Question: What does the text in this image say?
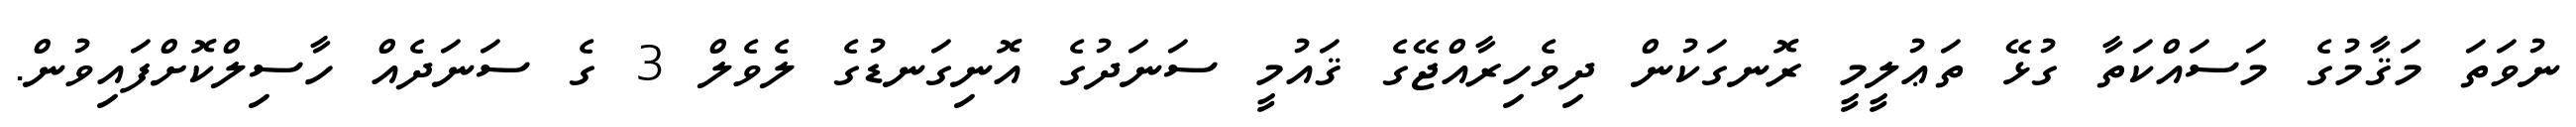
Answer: ނުވަތަ މަޤާމުގެ މަސައްކަތާ ގުޅޭ ތަޢުލީމީ ރޮނގަކުން ދިވެހިރާއްޖޭގެ ޤައުމީ ސަނަދުގެ އޮނިގަނޑުގެ ލެވެލް 3 ގެ ސަނަދެއް ހާސިލްކޮށްފައިވުން.